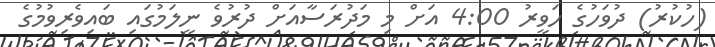
(ހުކުރު) ދުވަހުގެ ހަވީރު 4:00 އަށް މި މަދުރަސާއަށް ދުރުވެ ނީލަމުގައި ބައިވެރިވުމުގެ